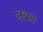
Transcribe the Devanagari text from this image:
द्रष्टय़ा